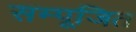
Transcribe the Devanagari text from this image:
सम्पूजित